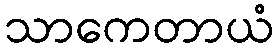
သာကေတာယံ